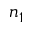
n _ { 1 }